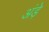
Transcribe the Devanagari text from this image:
अंड़े